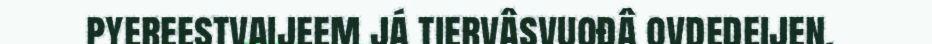
pyereestvaijeem já tiervâsvuođâ ovdedeijen.